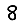
Digit: 8